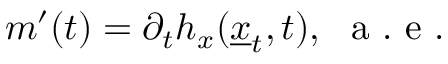
m ^ { \prime } ( t ) = \partial _ { t } h _ { x } ( \underline { { x } } _ { t } , t ) , \ \mathrm { ~ a ~ . ~ e ~ } .